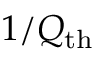
1 / Q _ { \mathrm { t h } }